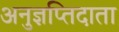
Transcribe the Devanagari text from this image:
अनुज्ञप्तिदाता